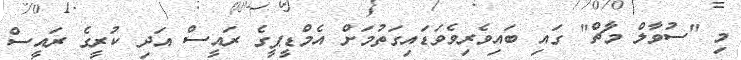
މި "ސުވާލް މާޗް" ގައި ބައިވެރިވެވަޑައިގަތުމަށް އެމްޑީޕީގެ ރައީސް އަދި ކުރީގެ ރައީސް